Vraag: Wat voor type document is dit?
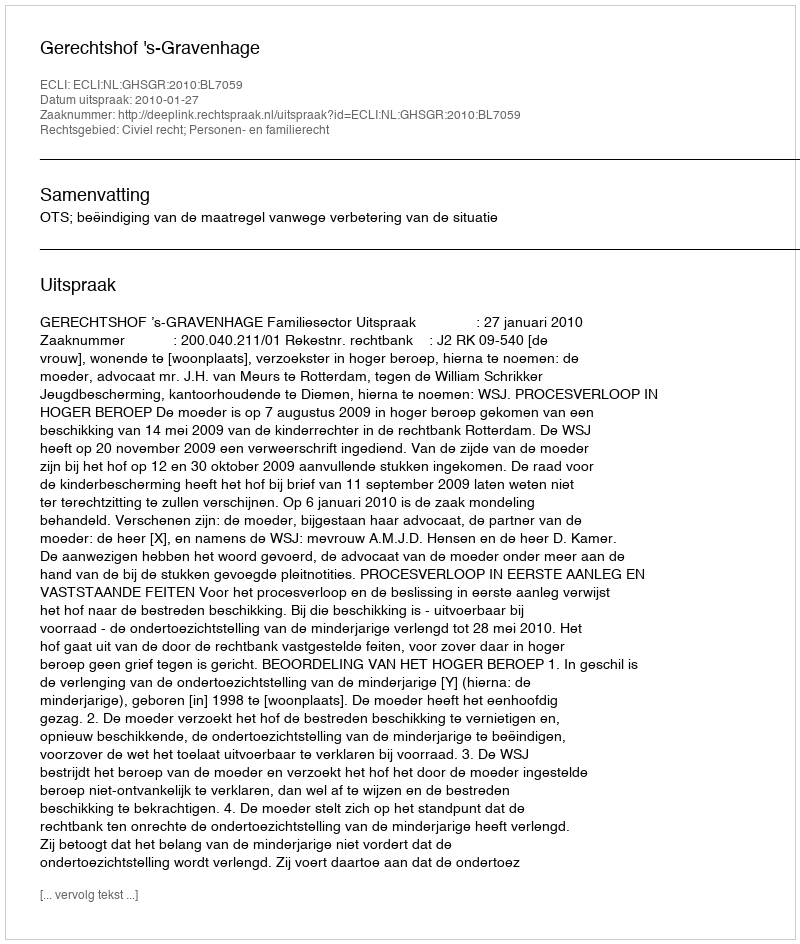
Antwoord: Uitspraak